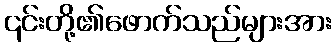
၎င်းတို့၏ဖောက်သည်များအား